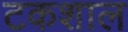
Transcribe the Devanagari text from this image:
टकशाल